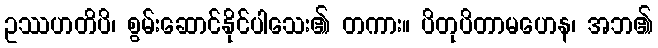
ဥဿဟတိပိ၊ စွမ်းဆောင်နိုင်ပါသေး၏ တကား။ ပိတုပိတာမဟေန၊ အဘ၏